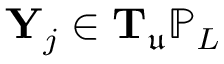
\mathbf { Y } _ { j } \in \mathbf { T } _ { \mathfrak { u } } \mathbb { P } _ { L }